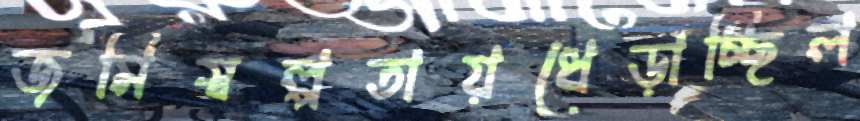
জমিস্বল্পতায়ধেড়াচ্ছিল